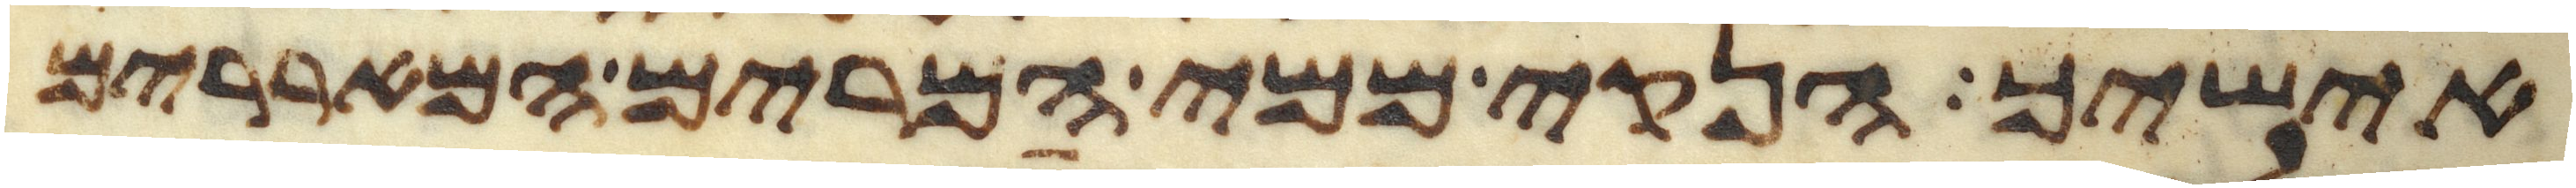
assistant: אישיך הנקי ממי המרים המאררים